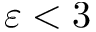
\varepsilon < 3